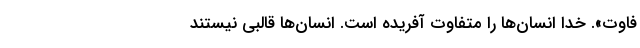
َفاوُت». خدا انسان‌ها را متفاوت آفریده است. انسان‌ها قالبی نیستند